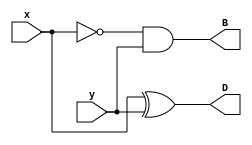
module Lab2_half_sub_behavior(output D, B, input x, y);
	reg d, b;
	always @ (x or y) begin
		b <= !x && y;
		d <= x ^ y;
	end
	assign B = b;
	assign D = d;
endmodule